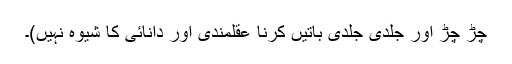
چڑ چڑ اور جلدی جلدی باتیں کرنا عقلمندی اور دانائی کا شیوہ نہیں)۔